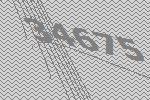
34675